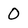
Character: 0